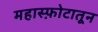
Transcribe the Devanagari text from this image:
महास्फ़ोटातून